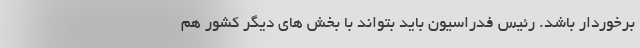
برخوردار باشد. رئیس فدراسیون باید بتواند با بخش های دیگر کشور هم